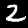
Digit: 2